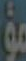
مؤ